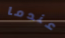
عندما